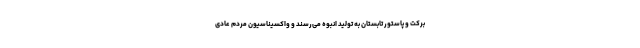
برکت و پاستور تابستان به تولید انبوه می‌رسند و واکسیناسیون مردم عادی